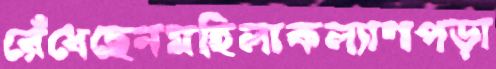
রেঁধেছেনমহিলাকল্যাণপড়া